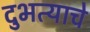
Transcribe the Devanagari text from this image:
दुभत्याचे